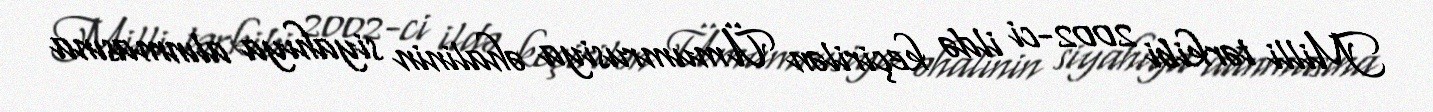
Milli tərkibi 2002-ci ildə keçirilən Ümumrusiya əhalinin siyahıya alınmasına